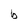
Character: b